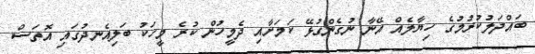
ބައްދަލުކުރުމުގެ ހިޔާލެއް އޭނާ ނުގެންގުޅޭ ކަމަށާއި ދެމީހުން ކުރެ މީހަކު ބަލިއެނދުގައި އޮތަސް